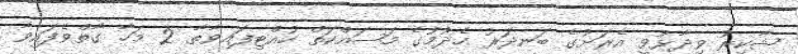
ޝާކިރު ވިދާޅުވީ އެރަށުގެ ބަނދަރު ހެދުމުގެ މަސައްކަތް ހުއްޓިފައިވާތާ 2 މަހާ ގާތްވެފައިވާ